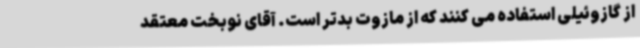
از گازوئیلی استفاده می کنند که از مازوت بدتر است. آقای نوبخت معتقد